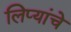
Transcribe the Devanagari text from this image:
लिप्यांचे